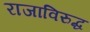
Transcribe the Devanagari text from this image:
राजाविरुद्ध